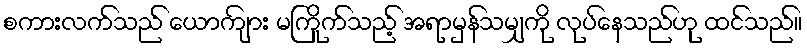
စကားလက်သည် ယောကျ်ား မကြိုက်သည့် အရာမှန်သမျှကို လုပ်နေသည်ဟု ထင်သည်။